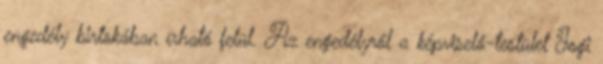
engedély birtokában írható felül. Az engedélyről a képviselő-testület Jogi